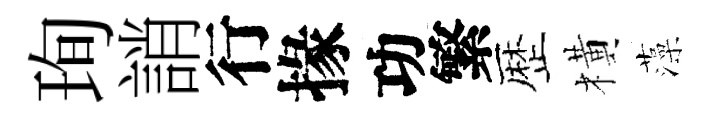
珣誚行掾功繁歴橫藻